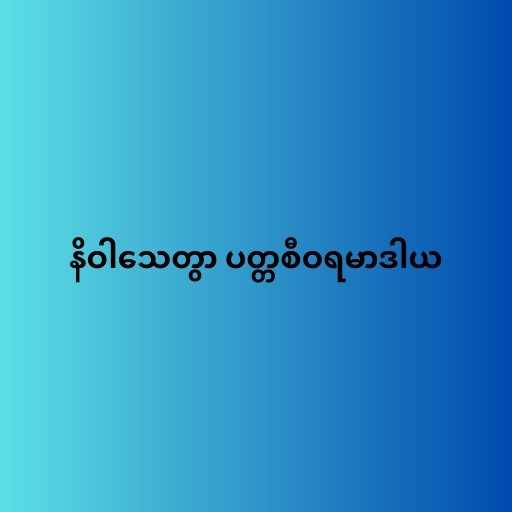
နိဝါသေတွာ ပတ္တစီဝရမာဒါယ